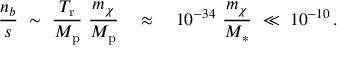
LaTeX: \frac { n _ { b } } { s } ~ \sim ~ \frac { T _ { \mathrm { r } } } { M _ { \mathrm { p } } } ~ \frac { m _ { \chi } } { M _ { \mathrm { p } } } \quad \approx \quad 1 0 ^ { - 3 4 } ~ \frac { m _ { \chi } } { M _ { \ast } } ~ \ll ~ 1 0 ^ { - 1 0 } \, .